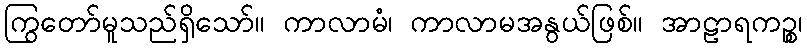
ကြွတော်မူသည်ရှိသော်။ ကာလာမံ၊ ကာလာမအနွယ်ဖြစ်။ အာဠာရကဉ္စ၊